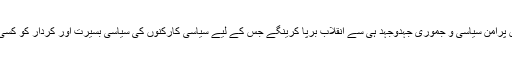
انہوں نے مزیدکہاکہ بلوچستان میں پرامن سیاسی و جموری جہدوجہد ہی سے انقلاب برپا کرینگے جس کے لیے سیاسی کارکنوں کی سیاسی بسیرت اور کردار کو کسی صورت نظرانداز نہیں کرینگے ۔